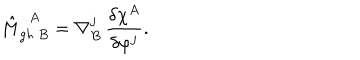
\hat { M } _ { g h \ B } ^ { \ \ A } = \nabla _ { B } ^ { j } \, \frac { \delta \chi ^ { A } } { \delta \varphi ^ { j } } .